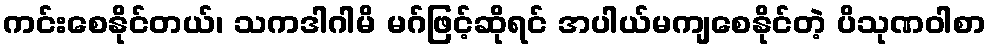
ကင်းစေနိုင်တယ်၊ သကဒါဂါမိ မဂ်ဖြင့်ဆိုရင် အပါယ်မကျစေနိုင်တဲ့ ပိသုဏဝါစာ